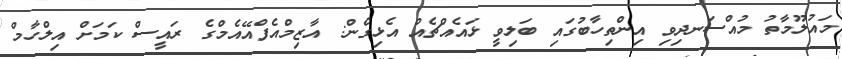
މައުލޫމާތު މުއްސަނދިވި އިންތިހާބުގައި ބަލިވީ ޅައެއްޗެއް އެޅިގެން: އާޒިމްއެފްއޭއެމްގެ ރައީސް ކަމަށް އިލްހާމް